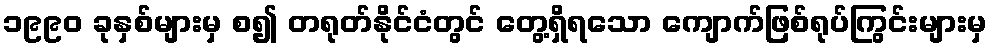
၁၉၉၀ ခုနှစ်များမှ စ၍ တရုတ်နိုင်ငံတွင် တွေ့ရှိရသော ကျောက်ဖြစ်ရုပ်ကြွင်းများမှ